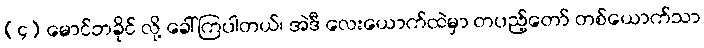
(၄) မောင်ဘခိုင် လို့ ခေါ်ကြပါတယ်၊ အဲဒီ လေးယောက်ထဲမှာ တပည့်တော် တစ်ယောက်သာ